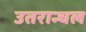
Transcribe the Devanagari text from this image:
उतरान्चल